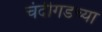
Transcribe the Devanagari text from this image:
चंदीगडच्या